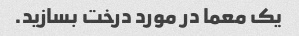
یک معما در مورد درخت بسازید.